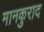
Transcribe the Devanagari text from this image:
मानकुराद